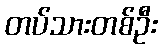
တပ်သားတစ်ဦး